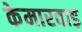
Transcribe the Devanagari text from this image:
केमारवाड़